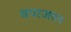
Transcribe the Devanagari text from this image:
वपाजाल